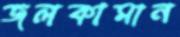
জলকামান